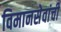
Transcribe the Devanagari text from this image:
विमानसेवांची